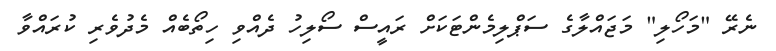
ނެރޭ "މަހޯލި" މަޖައްލާގެ ސަޕްލިމެންޓަކަށް ރައީސް ސޯލިހު ދެއްވި ހިތޯބެއް މެދުވެރި ކުރައްވާ